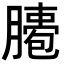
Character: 𦠖